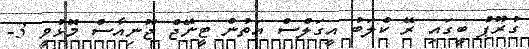
ގުރޫޕް ބީގައި ރޭ ކްލަބު އީގަލްސް އަތުން ޓީނޭޖް ޖޫނިއާސް މޮޅުވީ 3-